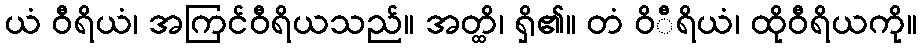
ယံ ဝီရိယံ၊ အကြင်ဝီရိယသည်။ အတ္ထိ၊ ရှိ၏။ တံ ဝိီရိယံ၊ ထိုဝီရိယကို။